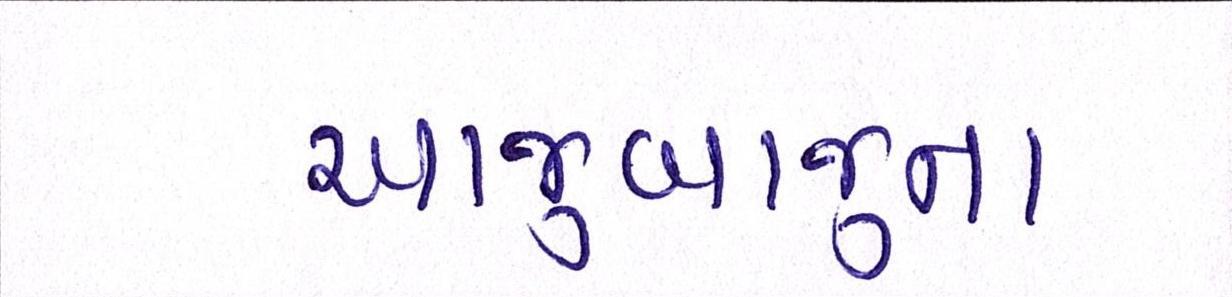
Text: આજુબાજુના